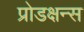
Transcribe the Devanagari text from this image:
प्रोडक्षन्स